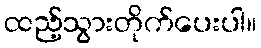
ထည့်သွားတိုက်ပေးပါ။